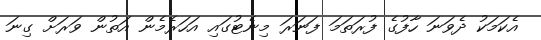
އެކަމަކު ދެވަނަ ހާފުގެ ފުރަތަމަ ފަނަރަ މިނެޓުގައި އަހަރެމެން އަތުން ވަރަށް ގިނަ